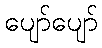
ပျော်ပျော်